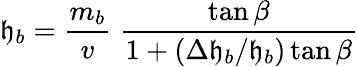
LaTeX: \mathfrak{h}_{b}=\frac{{m_{b}}}{{v}}\; \frac{{\tan\beta}}{{1+(\Delta\mathfrak{h}_{b}/\mathfrak{h}_{b})\tan\beta}}